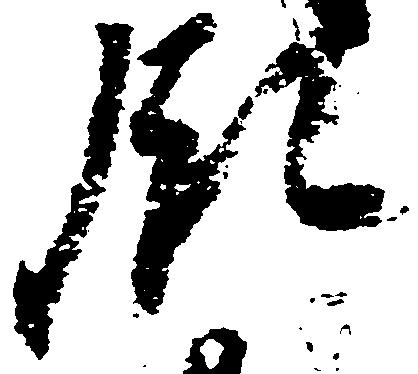
領